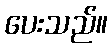
ပေးသည်။